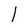
Character: l